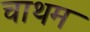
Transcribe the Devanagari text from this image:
चाथम